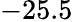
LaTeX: -25.5